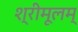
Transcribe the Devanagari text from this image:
श्रीमूलम्